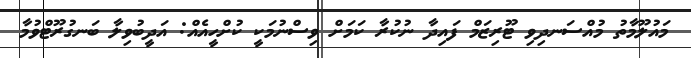
މައުލޫމާތު މުއްސަނދިވި ޓޫރިޒަމް ފައިދާ ނުކުރާ ކަމަށް ވިސްނުމަކީ ކުށްހީއެއް: އަދީބުވިލާ ބަނގުރޫޓްވުމާ